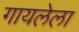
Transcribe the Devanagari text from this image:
गायलेला